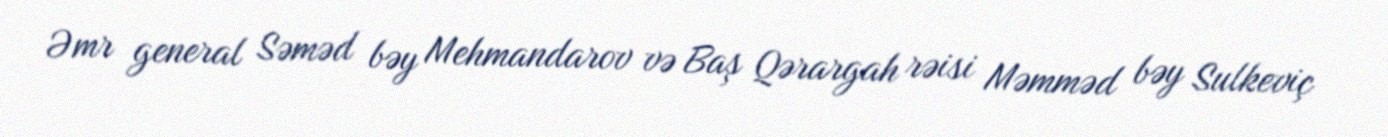
Əmr general Səməd bəy Mehmandarov və Baş Qərargah rəisi Məmməd bəy Sulkeviç